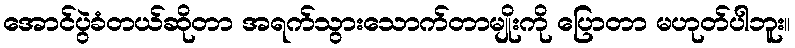
အောင်ပွဲခံတယ်ဆိုတာ အရက်သွားသောက်တာမျိုးကို ပြောတာ မဟုတ်ပါဘူး။